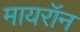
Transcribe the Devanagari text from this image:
मायरॉन